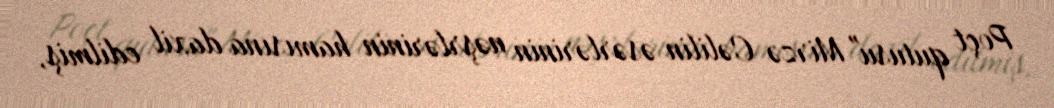
Poçt qutusu" Mirzə Cəlilin əsərlərinin nəşrlərinin hamısına daxil edilmiş,